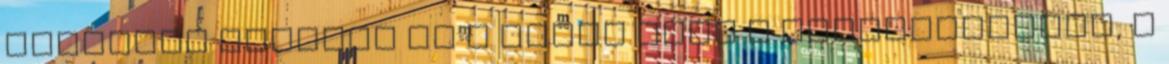
kétnapos teszten ül a volán mögé a Hungaroringen, ő